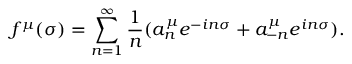
f ^ { \mu } ( \sigma ) = \sum _ { n = 1 } ^ { \infty } \frac { 1 } { n } ( a _ { n } ^ { \mu } e ^ { - i n \sigma } + a _ { - n } ^ { \mu } e ^ { i n \sigma } ) .